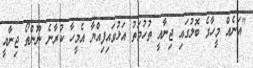
"އަނެއް މީހާގެ ބޮލުގައި ޖިނާއީ ތުހުމަތު އަޅުވައިފިއްޔާ އެމީހާ ކުރާނެ ނޫންތޯ ޖިނާއީ